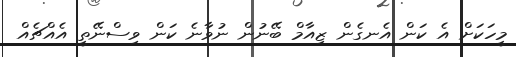
މީހަކަށް އެ ކަން އެނގެން ޒިއާމް ބޭނުން ނުވާނެ ކަން ވިސްނޭތީ އެއްޗެއް